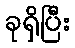
ခုရှိပြီး